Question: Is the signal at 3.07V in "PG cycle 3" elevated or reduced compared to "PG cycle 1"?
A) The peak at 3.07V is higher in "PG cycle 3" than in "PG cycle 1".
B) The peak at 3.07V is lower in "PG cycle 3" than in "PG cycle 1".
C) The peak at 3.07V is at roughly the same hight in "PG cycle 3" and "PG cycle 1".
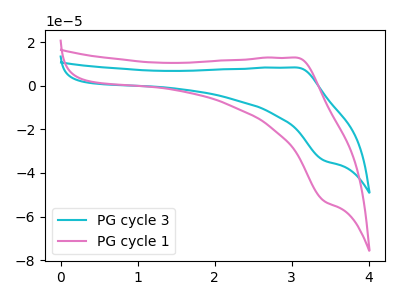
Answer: <think>The cyan curve "PG cycle 3" has an anodic peak at (3.05V, 8.35uA) and a cathodic peak at (3.40V, -34.30uA). The pink curve "PG cycle 1" has an anodic peak at (3.05V, 12.90uA) and a cathodic peak at (3.40V, -52.90uA).</think>
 <answer>B) The peak at 3.07V is lower in "PG cycle 3" than in "PG cycle 1".</answer>
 <eval>B</eval>